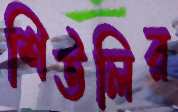
শিউলির